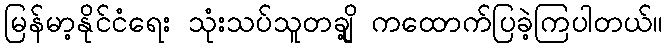
မြန်မာ့နိုင်ငံရေး သုံးသပ်သူတချို့ ကထောက်ပြခဲ့ကြပါတယ်။